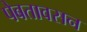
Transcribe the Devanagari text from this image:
पेबतावसन